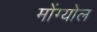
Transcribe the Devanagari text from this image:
मोंग्योल